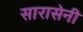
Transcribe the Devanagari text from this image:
सारासेनी